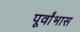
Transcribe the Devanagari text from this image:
पूर्वांभास